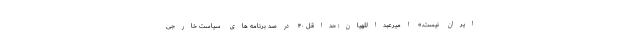
ایران نیست.» امیرعبداللهیان: حداقل ۴۰ درصد برنامه های سیاست خارجی